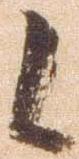
候